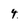
Character: 4